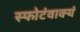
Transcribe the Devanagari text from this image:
स्फोटंवाक्यं